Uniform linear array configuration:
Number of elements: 64
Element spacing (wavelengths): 0.75
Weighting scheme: hamming
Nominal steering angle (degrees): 45
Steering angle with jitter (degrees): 43.308
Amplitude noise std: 0.05
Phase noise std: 0.05

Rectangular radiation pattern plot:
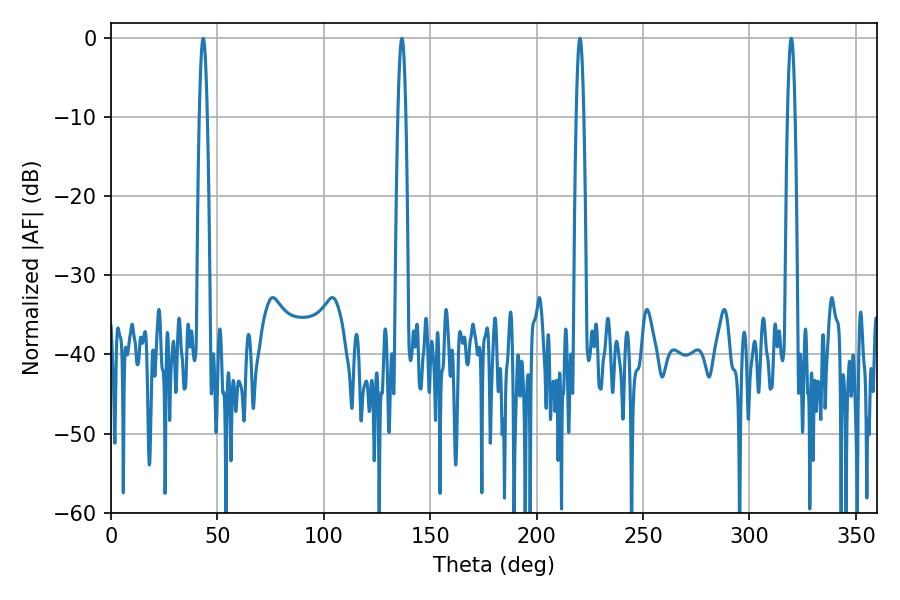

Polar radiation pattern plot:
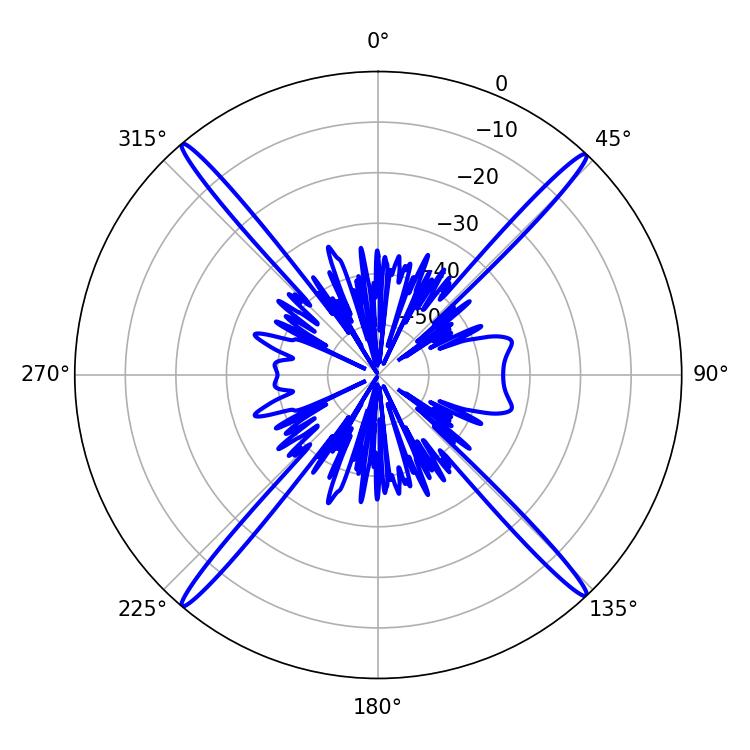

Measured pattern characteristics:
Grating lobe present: TRUE
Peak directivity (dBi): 25.569
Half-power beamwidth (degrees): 1.8
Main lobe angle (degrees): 220.32